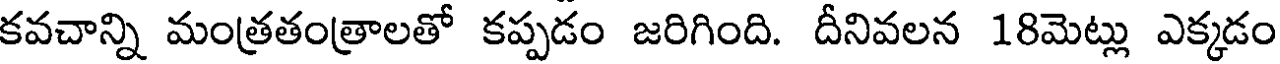
కవచాన్ని మంత్రతంత్రాలతో కప్పడం జరిగింది. దీనివలన 18మెట్లు ఎక్కడం